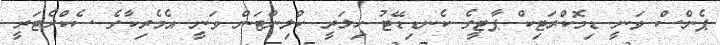
ޕެންސް ވަނީ ޑިމޮކްރަޓިކް ޕާޓީގެ ކެނޑިޑޭޓު ހިލަރީ ކްލިންޓަން ވަނީ އެމެރިކާގެ ސެކްރެޓަރީ